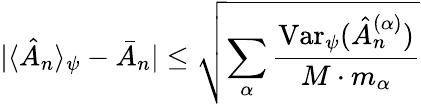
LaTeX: |\langle\hat{A}_{n}\rangle_{\psi}-\bar{A}_{n}|\leq\sqrt{\sum_{\alpha}\frac{\mathrm{Var}_{\psi}(\hat{A}_{n}^{(\alpha)})}{M\cdot m_{\alpha}}}